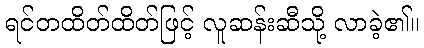
ရင်တထိတ်ထိတ်ဖြင့် လူဆန်းဆီသို့ လာခဲ့၏။